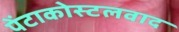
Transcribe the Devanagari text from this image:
पेंटाकोस्टलवाद